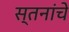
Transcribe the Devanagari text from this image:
स्तनांचे